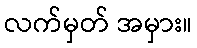
လက်မှတ် အမှား။